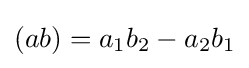
\displaystyle (ab)=a_{1}b_{2}-a_{2}b_{1}